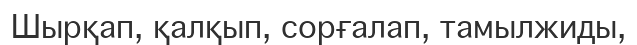
Шырқап, қалқып, сорғалап, тамылжиды,